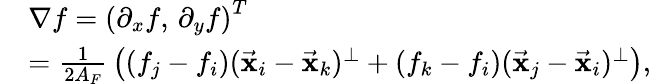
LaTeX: \begin{array}{rl}&{\nabla f=\left(\partial_{x}f,\, \partial_{y}f\right)^{T}}\\ &{=\frac{1}{2A_{F}}\, \left((f_{j}-f_{i})(\vec{\mathbf x}_{i}-\vec{\mathbf x}_{k})^{\perp}+(f_{k}-f_{i})(\vec{\mathbf x}_{j}-\vec{\mathbf x}_{i})^{\perp}\right),}\end{array}